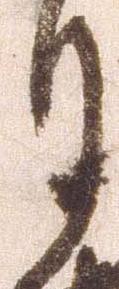
月